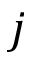
j